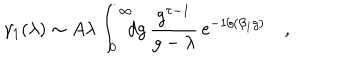
\gamma _ { 1 } ( \lambda ) \sim A \lambda \int _ { 0 } ^ { \infty } \! \! \! d g \, { \frac { g ^ { \tau - 1 } } { g - \lambda } } \, \mathrm { e } ^ { - 1 / ( \beta _ { 1 } g ) } \quad ,